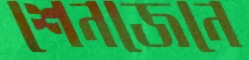
শেনজেনে